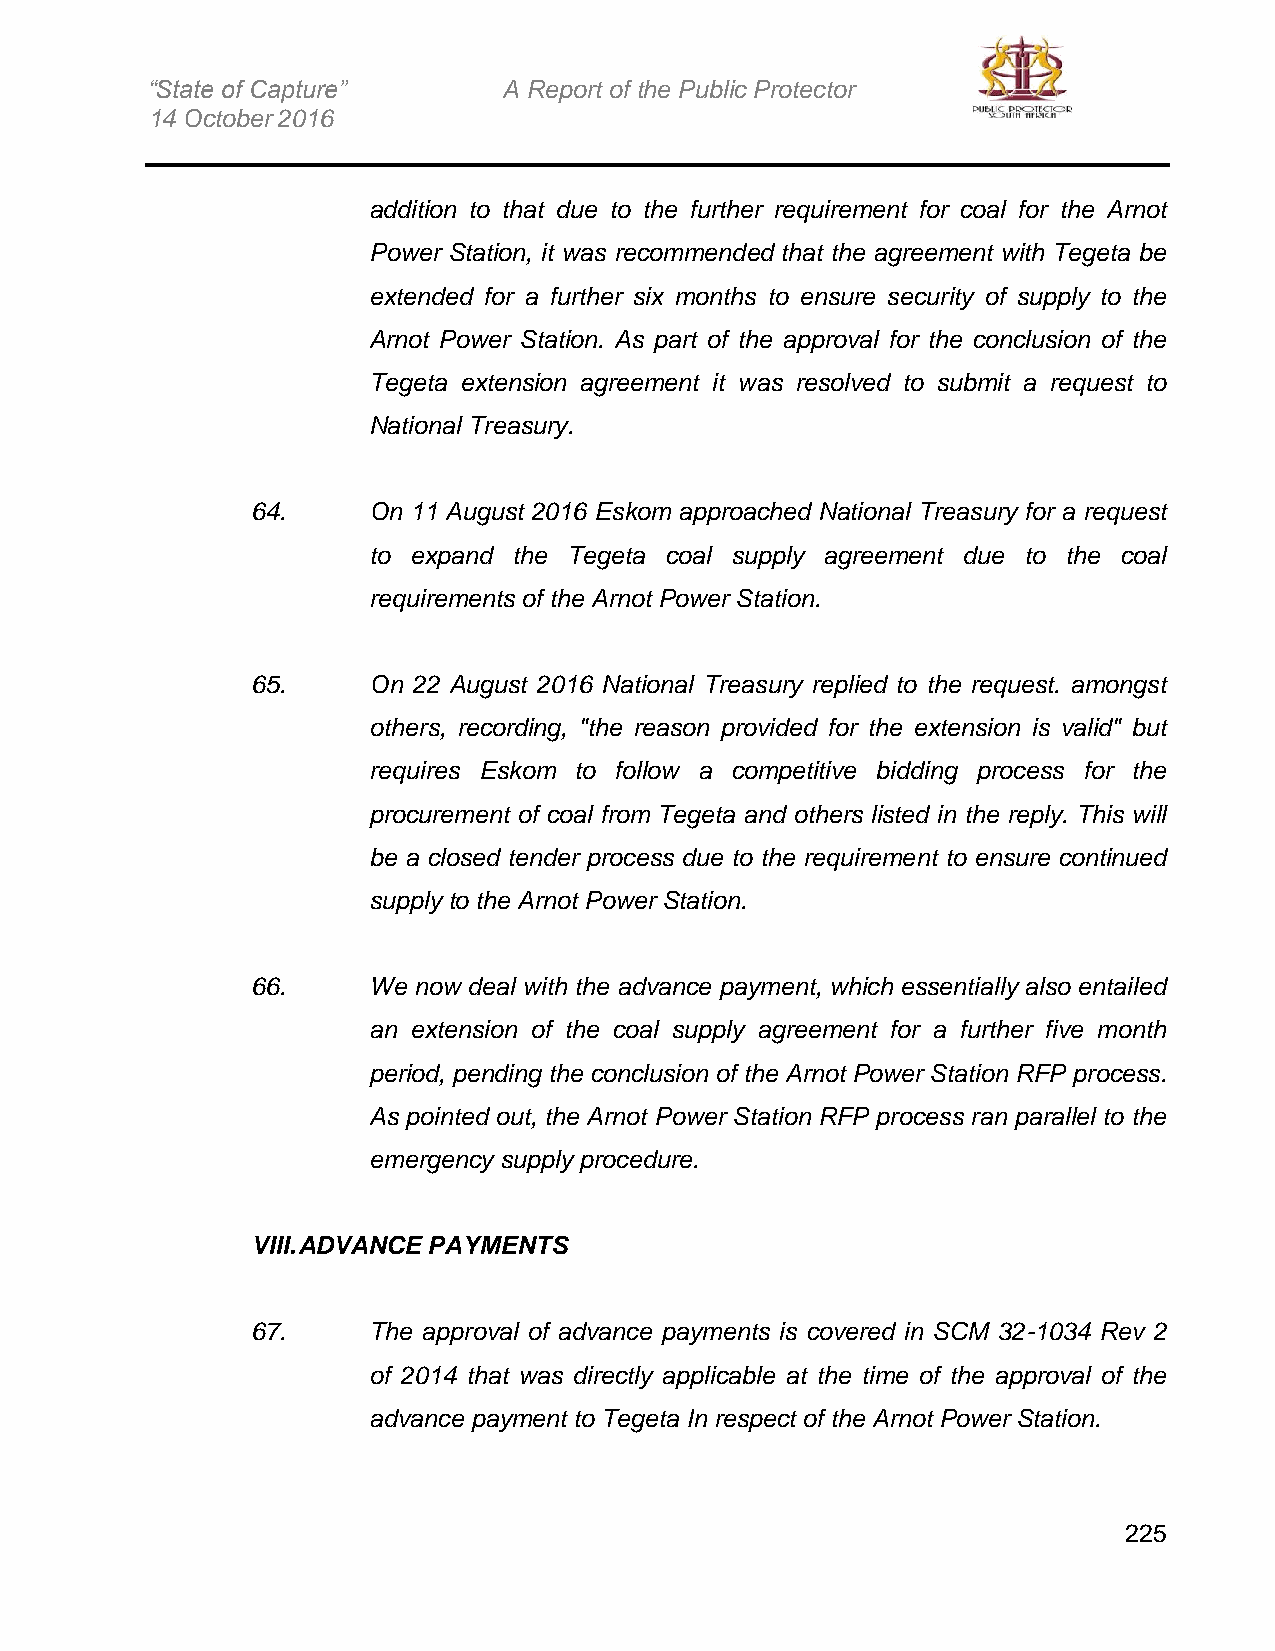
“State of Capture”     A Report of the Public Protector
 14 October 2016
 addition to that due to the further requirement for coal for the Arnot
 Power Station, it was recommended that the agreement with Tegeta be
 extended for a further six months to ensure security of supply to the
 Arnot Power Station. As part of the approval for the conclusion of the
 Tegeta extension agreement it was resolved to submit a request to
 National Treasury.
 64.    On 11 August 2016 Eskom approached National Treasury for a request
 to expand the Tegeta coal supply agreement due to the coal
 requirements of the Arnot Power Station.
 65.    On 22 August 2016 National Treasury replied to the request. amongst
 others, recording, "the reason provided for the extension is valid" but
 requires Eskom to follow a competitive bidding process for the
 procurement of coal from Tegeta and others listed in the reply. This will
 be a closed tender process due to the requirement to ensure continued
 supply to the Arnot Power Station.
 66.    We now deal with the advance payment, which essentially also entailed
 an extension of the coal supply agreement for a further five month
 period, pending the conclusion of the Arnot Power Station RFP process.
 As pointed out, the Arnot Power Station RFP process ran parallel to the
 emergency supply procedure.
 VIII. ADVANCE PAYMENTS
 67.    The approval of advance payments is covered in SCM 32-1034 Rev 2
 of 2014 that was directly applicable at the time of the approval of the
 advance payment to Tegeta In respect of the Arnot Power Station.
 225